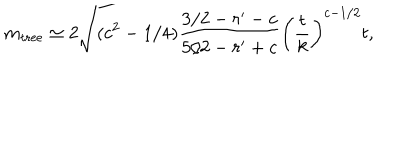
LaTeX: m _ { \mathrm { t r e e } } \simeq 2 \sqrt { ( c ^ { 2 } - 1 / 4 ) \frac { 3 / 2 - r ^ { \prime } - c } { 5 / 2 - r ^ { \prime } + c } } \left( \frac { t } { k } \right) ^ { c - 1 / 2 } t ,